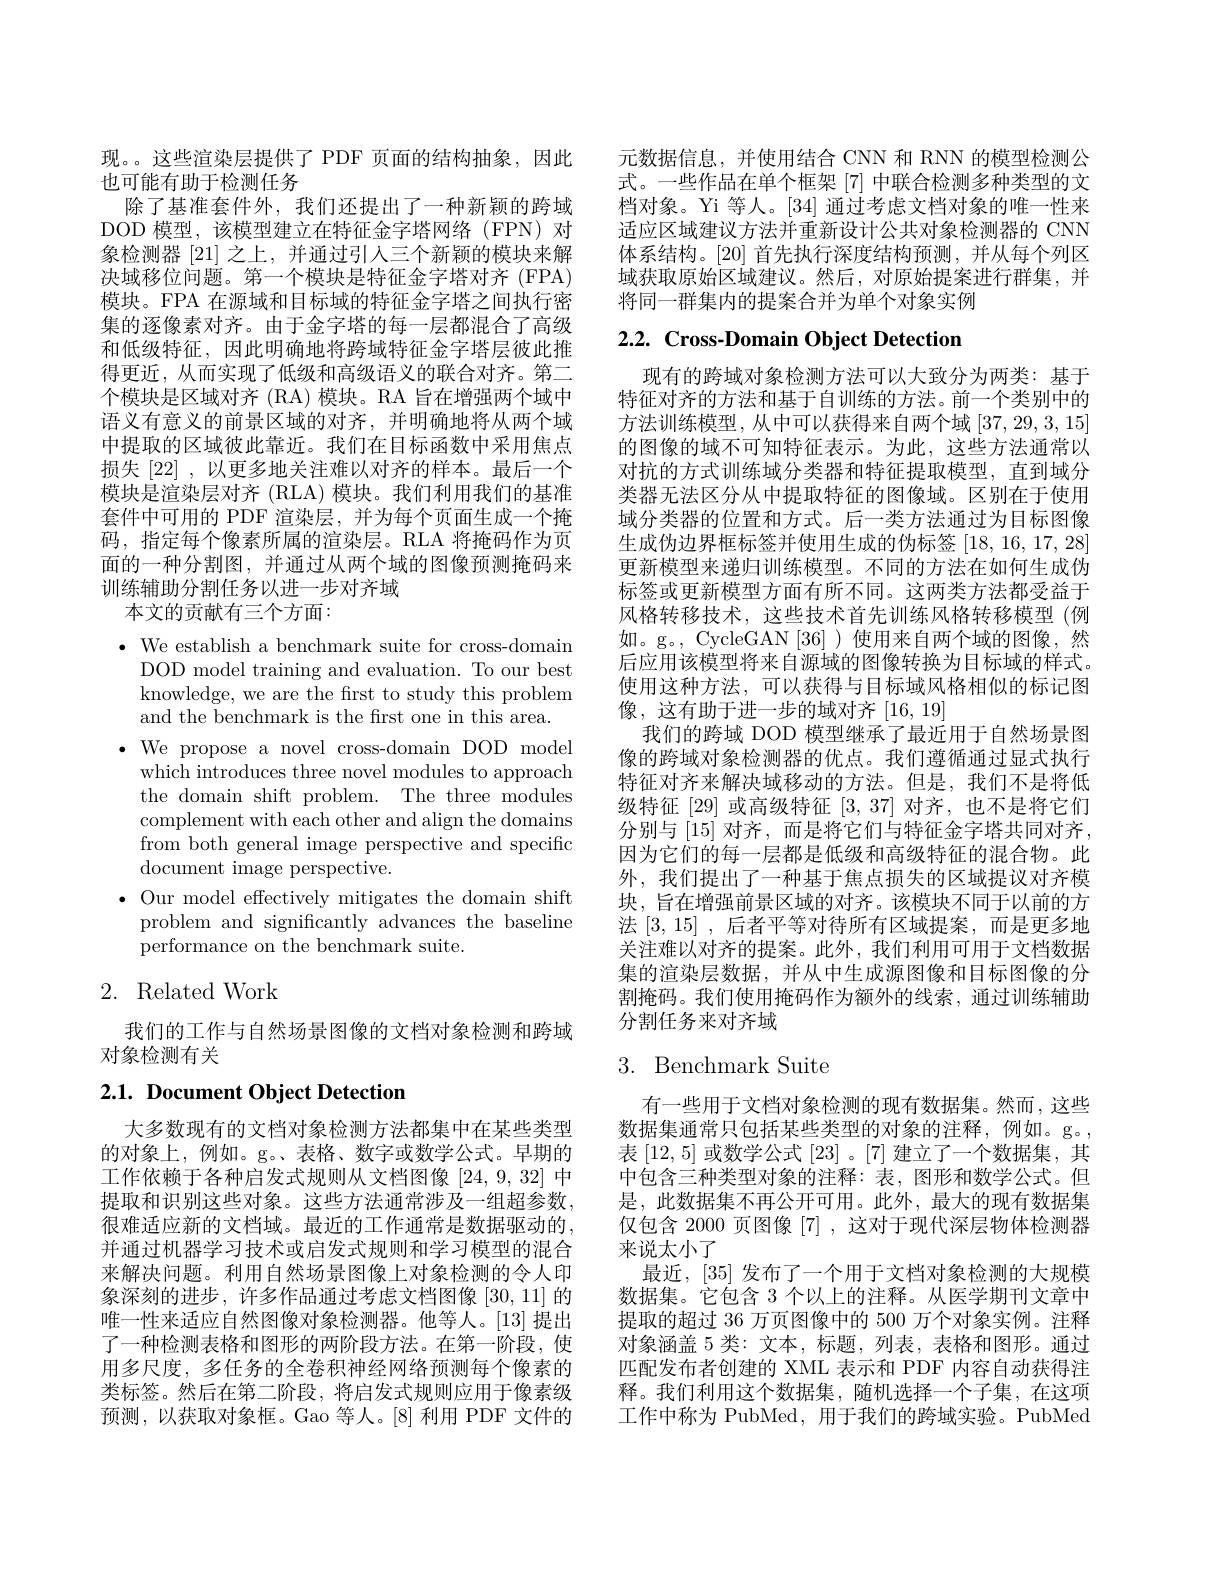
现。。这些渲染层提供了 PDF 页面的结构抽象，因此
也可能有助于检测任务
除了基准套件外，我们还提出了一种新颖的跨域DOD 模型，该模型建立在特征金字塔网络(FPN)对象检测器[21]之上，并通过引人三个新颖的模块来解决域移位问题。第一个模块是特征金字塔对齐 (FPA) 模块。FPA 在源域和目标域的特征金字塔之间执行密集的逐像素对齐。由于金字塔的每一层都混合了高级和低级特征，因此明确地将跨域特征金字塔层彼此推得更近，从而实现了低级和高级语义的联合对齐。第二个模块是区域对齐 (RA) 模块。RA 旨在增强两个域中语义有意义的前景区域的对齐，并明确地将从两个域中提取的区域彼此靠近。我们在目标函数中采用焦点损失[22],以更多地关注难以对齐的样本。最后一个模块是渲染层对齐 (RLA) 模块。我们利用我们的基准套件中可用的 PDF 渲染层，并为每个页面生成一个掩码，指定每个像素所属的渲染层。RLA 将掩码作为页面的一种分割图，并通过从两个域的图像预测掩码来训练辅助分割任务以进一步对齐域
本文的贡献有三个方面：

$\bullet$ We establish a benchmark suite for cross-domain
DOD model training and evaluation. To our best knowledge, we are the first to study this problem and the benchmark is the first one in this area.
$\bullet$ We propose a novel cross-domain DOD model
which introduces three novel modules to approach the domain shift problem. The three modules complement with each other and align the domains from both general image perspective and specific document image perspective.
$\bullet$ Our model effectively mitigates the domain shift
problem and significantly advances the baseline
performance on the benchmark suite.

## 2. Related Work

我们的工作与自然场景图像的文档对象检测和跨域
对象检测有关

## 2.1. Document Object Detection

大多数现有的文档对象检测方法都集中在某些类型的对象上，例如。g。、表格、数字或数学公式。早期的工作依赖于各种启发式规则从文档图像[24,9,32]中提取和识别这些对象。这些方法通常涉及一组超参数， 很难适应新的文档域。最近的工作通常是数据驱动的， 并通过机器学习技术或启发式规则和学习模型的混合来解决问题。利用自然场景图像上对象检测的令人印象深刻的进步，许多作品通过考虑文档图像[30,11] 的唯一性来适应自然图像对象检测器。他等人。[13] 提出了一种检测表格和图形的两阶段方法。在第一阶段，使用多尺度，多任务的全卷积神经网络预测每个像素的类标签。然后在第二阶段，将启发式规则应用于像素级预测，以获取对象框。Gao 等人。[8] 利用 PDF 文件的

元数据信息，并使用结合 CNN 和 RNN 的模型检测公式。一些作品在单个框架[7]中联合检测多种类型的文档对象。Yi 等人。[34] 通过考虑文档对象的唯一性来适应区域建议方法并重新设计公共对象检测器的 CNN 体系结构。[20]首先执行深度结构预测，并从每个列区域获取原始区域建议。然后，对原始提案进行群集，并将同一群集内的提案合并为单个对象实例

# 2.2. Cross-Domain Object Detection

现有的跨域对象检测方法可以大致分为两类：基于特征对齐的方法和基于自训练的方法。前一个类别中的方法训练模型，从中可以获得来自两个域[37,29,3,15] 的图像的域不可知特征表示。为此，这些方法通常以对抗的方式训练域分类器和特征提取模型，直到域分类器无法区分从中提取特征的图像域。区别在于使用域分类器的位置和方式。后一类方法通过为目标图像生成伪边界框标签并使用生成的伪标签[18,16,17,28] 更新模型来递归训练模型。不同的方法在如何生成伪标签或更新模型方面有所不同。这两类方法都受益于风格转移技术，这些技术首先训练风格转移模型(例如。g。, CycleGAN [36] ) 使用来自两个域的图像，然后应用该模型将来自源域的图像转换为目标域的样式。使用这种方法，可以获得与目标域风格相似的标记图像，这有助于进一步的域对齐[16,19]
我们的跨域 DOD 模型继承了最近用于自然场景图像的跨域对象检测器的优点。我们遵循通过显式执行特征对齐来解决域移动的方法。但是，我们不是将低级特征[29]或高级特征[3,37]对齐，也不是将它们分别与 [15] 对齐，而是将它们与特征金字塔共同对齐， 因为它们的每一层都是低级和高级特征的混合物。此外，我们提出了一种基于焦点损失的区域提议对齐模块，旨在增强前景区域的对齐。该模块不同于以前的方法[3,15] ,后者平等对待所有区域提案，而是更多地关注难以对齐的提案。此外，我们利用可用于文档数据集的渲染层数据，并从中生成源图像和目标图像的分割掩码。我们使用掩码作为额外的线索，通过训练辅助分割任务来对齐域

## 3. Benchmark Suite

有一些用于文档对象检测的现有数据集。然而，这些数据集通常只包括某些类型的对象的注释，例如。g。, 表[12,5]或数学公式[23] 。[7]建立了一个数据集，其中包含三种类型对象的注释：表，图形和数学公式。但是，此数据集不再公开可用。此外，最大的现有数据集仅包含 2000 页图像 [7] ,这对于现代深层物体检测器来说太小了
最近，[35]发布了一个用于文档对象检测的大规模数据集。它包含 3 个以上的注释。从医学期刊文章中提取的超过 36 万页图像中的 500 万个对象实例。注释对象涵盖 5 类：文本，标题，列表，表格和图形。通过匹配发布者创建的 XML 表示和 PDF 内容自动获得注释。我们利用这个数据集，随机选择一个子集，在这项工作中称为 PubMed, 用于我们的跨域实验。PubMed